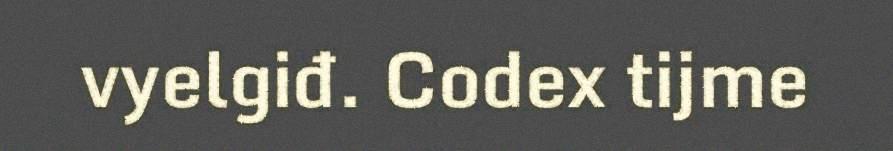
vyelgiđ. Codex tijme